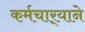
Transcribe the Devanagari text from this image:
कर्मचार्‍याने